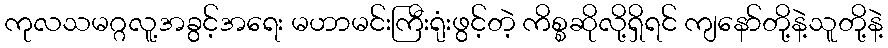
ကုလသမဂ္ဂလူ့အခွင့်အရေး မဟာမင်းကြီးရုံးဖွင့်တဲ့ ကိစ္စဆိုလို့ရှိရင် ကျနော်တို့နဲ့သူတို့နဲ့